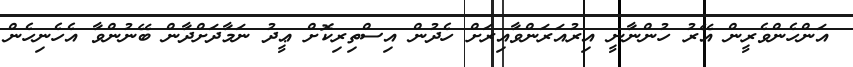
އަންހެންވެރީން އޭރު ހުންނާނީ އިރުއަރަންވާއިރަށް ހެދުން އިސްތިރިކޮށް ޢީދު ނަމާދަށްދާން ބޭނުންވާ އެހެނިހެން